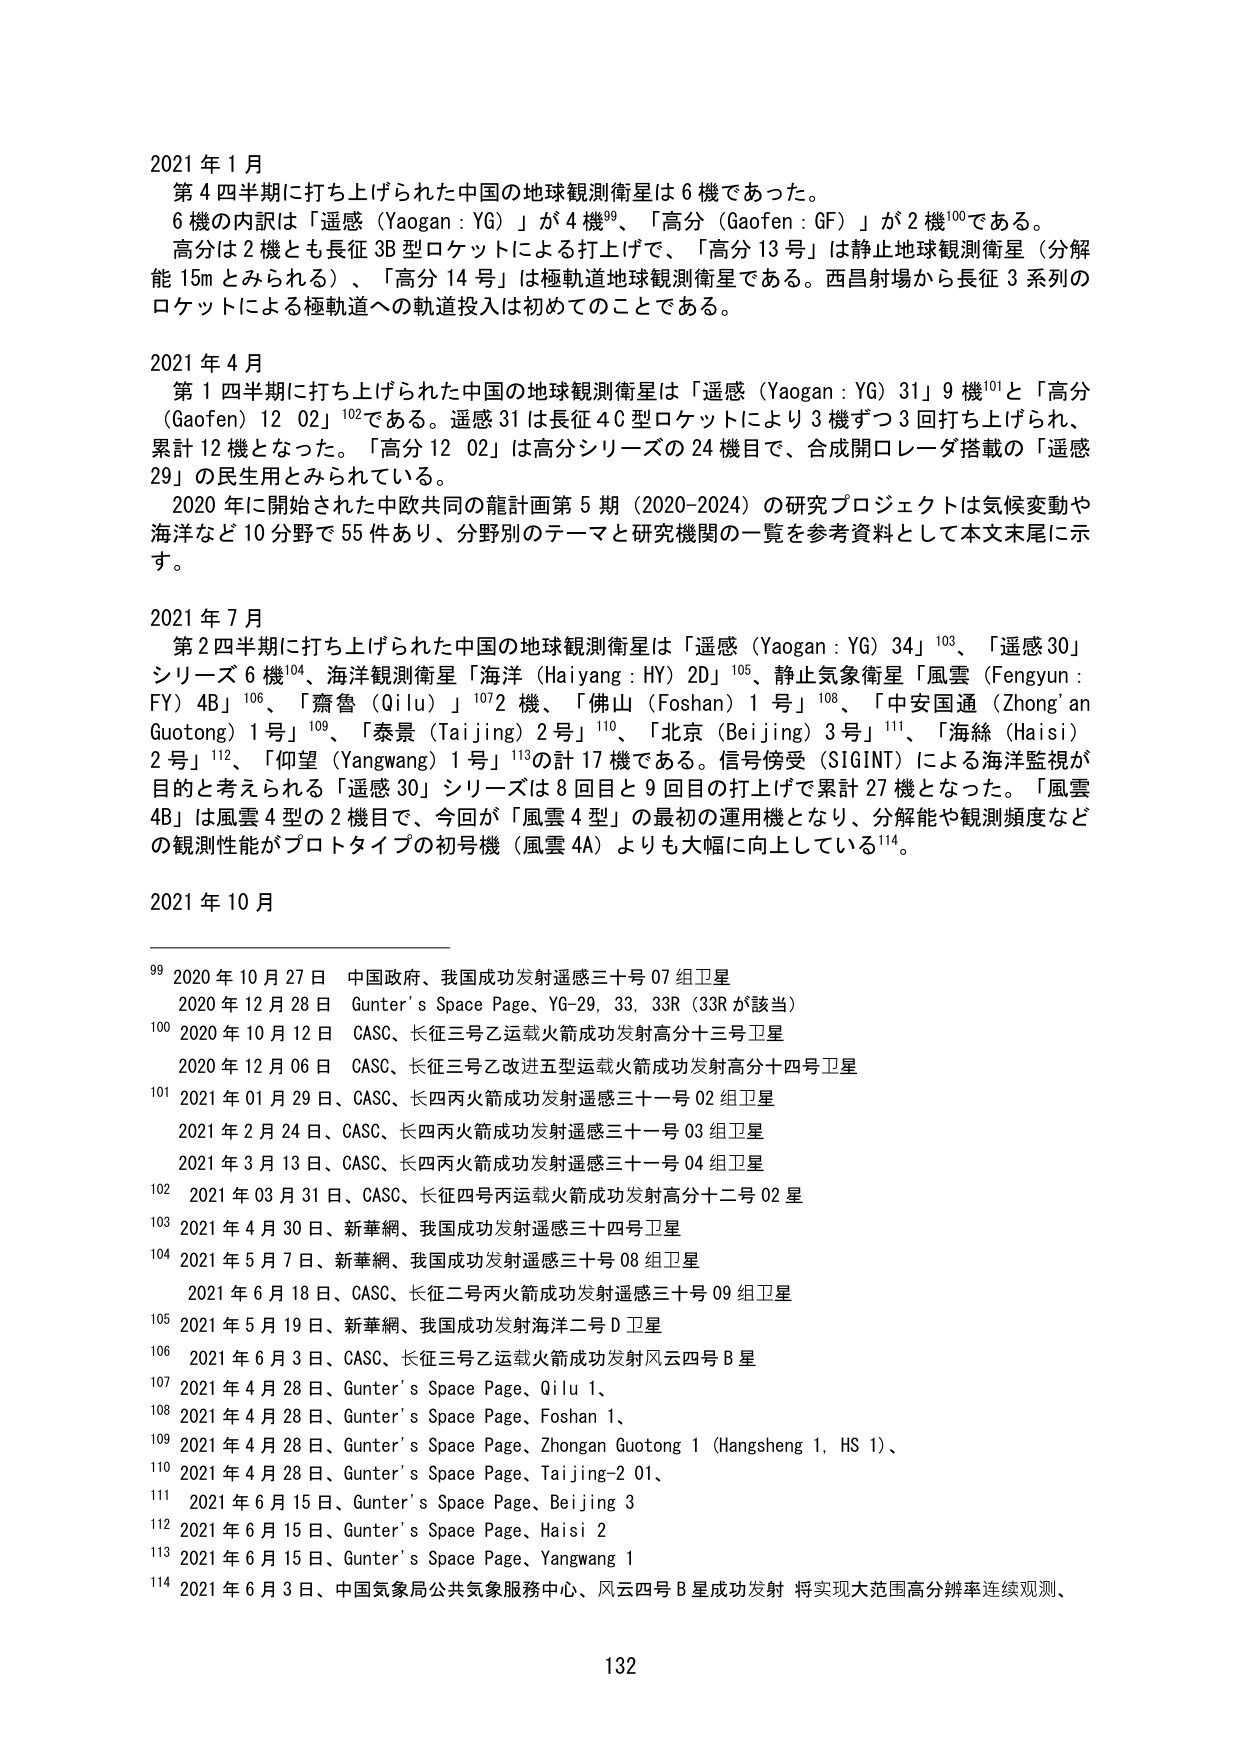
2021年1月
第4四半期に打ち上げられた中国の地球観測衛星は6機であった。
6機の内訳は「遥感（Yaogan：YG）」が4機⁹⁹、「高分（Gaofen：GF）」が2機¹⁰⁰である。
高分は2機とも長征3B型ロケットによる打上げで、「高分13号」は静止地球観測衛星（分解能15mとみられる）、「高分14号」は極軌道地球観測衛星である。西昌射場から長征3系列のロケットによる極軌道への軌道投入は初めてのことである。

2021年4月
第1四半期に打ち上げられた中国の地球観測衛星は「遥感（Yaogan：YG）31」9機¹⁰¹と「高分（Gaofen）12 02」¹⁰²である。遥感31は長征4C型ロケットにより3機ずつ3回打ち上げられ、累計12機となった。「高分12 02」は高分シリーズの24機目で、合成開口レーダ搭載の「遥感29」の民生用とみられている。
2020年に開始された中欧共同の龍計画第5期（2020-2024）の研究プロジェクトは気候変動や海洋など10分野で55件あり、分野別のテーマと研究機関の一覧を参考資料として本文末尾に示す。

2021年7月
第2四半期に打ち上げられた中国の地球観測衛星は「遥感（Yaogan：YG）34」¹⁰³、「遥感30」シリーズ6機¹⁰⁴、海洋観測衛星「海洋（Haiyang：HY）2D」¹⁰⁵、静止気象衛星「風雲（Fengyun：FY）4B」¹⁰⁶、「齋魯（Qilu）」¹⁰⁷2機、「佛山（Foshan）1号」¹⁰⁸、「中安国通（Zhong'an Guotong）1号」¹⁰⁹、「泰景（Taijing）2号」¹¹⁰、「北京（Beijing）3号」¹¹¹、「海絲（Haisi）2号」¹¹²、「仰望（Yangwang）1号」¹¹³の計17機である。信号傍受（SIGINT）による海洋監視が目的と考えられる「遥感30」シリーズは8回目と9回目の打上げで累計27機となった。「風雲4B」は風雲4型の2機目で、今回が「風雲4型」の最初の運用機となり、分解能や観測頻度などの観測性能がプロトタイプの初号機（風雲4A）よりも大幅に向上している¹¹⁴。

2021年10月

⁹⁹ 2020年10月27日 中国政府、我国成功发射遥感三十号07组卫星
¹⁰⁰ 2020年12月28日 Gunter's Space Page、YG-29, 33, 33R（33Rが該当）
¹⁰¹ 2020年10月12日 CASC、长征三号乙运载火箭成功发射高分十三号卫星
¹⁰² 2020年12月06日 CASC、长征三号乙改进五型运载火箭成功发射高分十四号卫星
¹⁰³ 2021年01月29日、CASC、长四丙火箭成功发射遥感三十一号02组卫星
¹⁰⁴ 2021年2月24日、CASC、长四丙火箭成功发射遥感三十一号03组卫星
¹⁰⁵ 2021年3月13日、CASC、长四丙火箭成功发射遥感三十一号04组卫星
¹⁰⁶ 2021年03月31日、CASC、长征四号丙运载火箭成功发射高分十二号02星
¹⁰⁷ 2021年4月30日、新華網、我国成功发射遥感三十四号卫星
¹⁰⁸ 2021年5月7日、新華網、我国成功发射遥感三十号08组卫星
¹⁰⁹ 2021年6月18日、CASC、长征二号丙火箭成功发射遥感三十号09组卫星
¹¹⁰ 2021年5月19日、新華網、我国成功发射海洋二号D卫星
¹¹¹ 2021年6月3日、CASC、长征三号乙运载火箭成功发射风云四号B星
¹¹² 2021年4月28日、Gunter's Space Page、Qilu 1、
¹¹³ 2021年4月28日、Gunter's Space Page、Foshan 1、
¹¹⁴ 2021年4月28日、Gunter's Space Page、Zhongan Guotong 1（Hangsheng 1, HS 1）、
¹¹⁵ 2021年4月28日、Gunter's Space Page、Taijing-2 01、
¹¹⁶ 2021年6月15日、Gunter's Space Page、Beijing 3
¹¹⁷ 2021年6月15日、Gunter's Space Page、Haisi 2
¹¹⁸ 2021年6月15日、Gunter's Space Page、Yangwang 1
¹¹⁹ 2021年6月3日、中国气象局公共气象服务中心、风云四号B星成功发射 将实现大范围高分辨率连续观测、

132